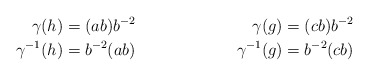
\begin{align*}\gamma(h) &= (ab)b^{-2} &\gamma(g) = (cb)b^{-2} \\ \gamma^{-1}(h) &= b^{-2}(ab) &\gamma^{-1}(g) = b^{-2}(cb)\end{align*}